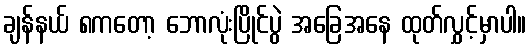
ချန်နယ် ၈ကတော့ ဘောလုံးပြိုင်ပွဲ အခြေအနေ ထုတ်လွှင့်မှာပါ။